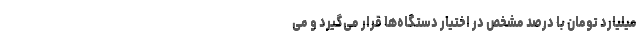
میلیارد تومان با درصد مشخص در اختیار دستگاه‌ها قرار می‌گیرد و می‌